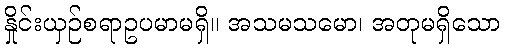
နှိုင်းယှဉ်စရာဥပမာမရှိ။ အသမသမော၊ အတုမရှိသော